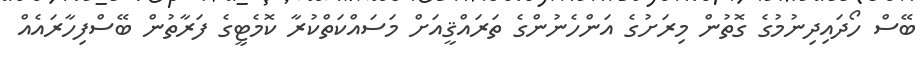
ބޭސް ހޯދައިދިނުމުގެ ގޮތުން މިރަށުގެ އަންހެނުންގެ ތަރައްޤީއަށް މަސައްކަތްކުރާ ކޮމެޓީގެ ފަރާތުން ބޭސްފިހާރައެއް